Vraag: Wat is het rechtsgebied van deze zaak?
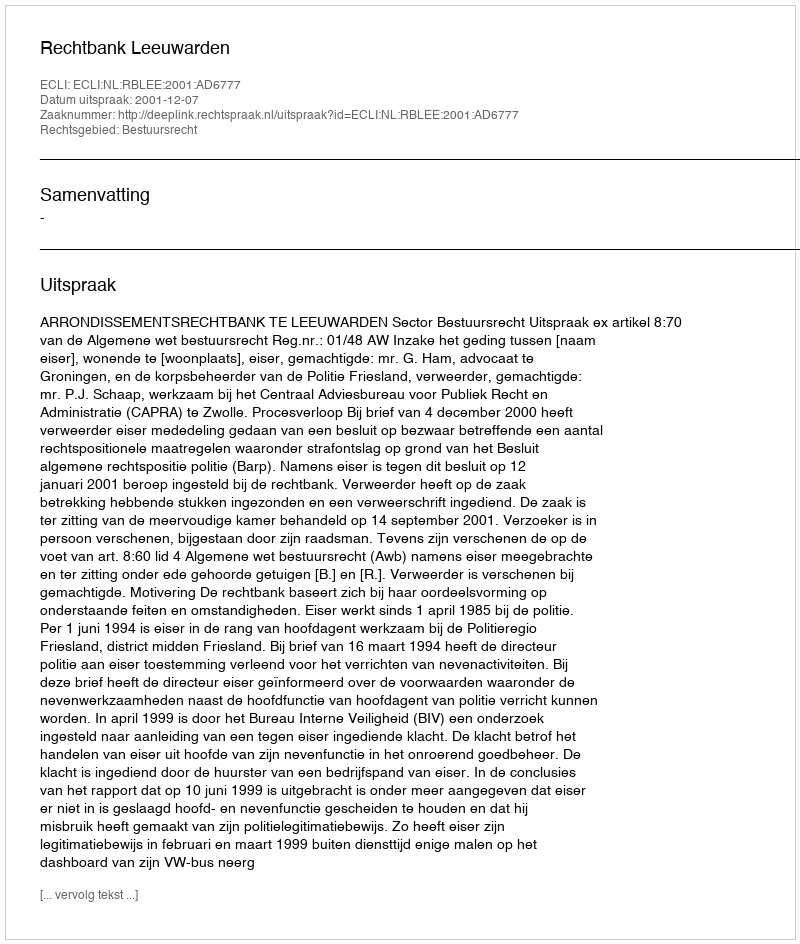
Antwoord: Bestuursrecht